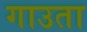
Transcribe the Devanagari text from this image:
गाउता